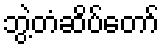
ဘွဲ့တံဆိပ်တော်